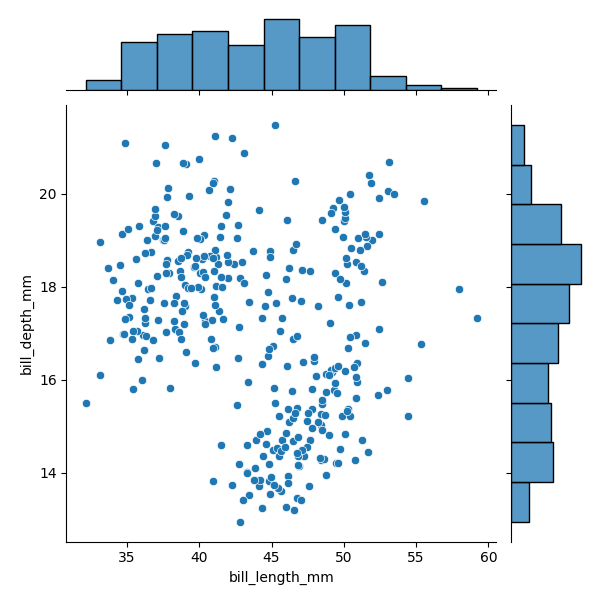
python, seaborn, JointGrid, scatterplot, histplot